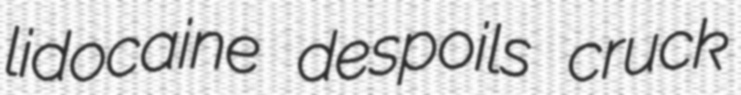
lidocaine despoils cruck